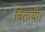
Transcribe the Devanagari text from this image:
बितायीं।